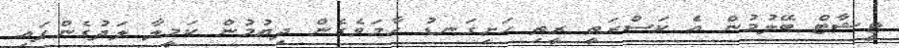
ޓީޝާޓް ބޭލުމުން އެ ކަސްރަތީ ރީތި ހަށިގަނޑު ހާމަވެގެން ދިޔުމުން ކަމީލާ ލަދުގެންފައި